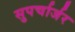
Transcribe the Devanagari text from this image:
सुपर्चार्जर